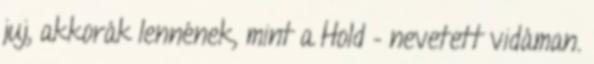
juj, akkorák lennének, mint a Hold – nevetett vidáman.